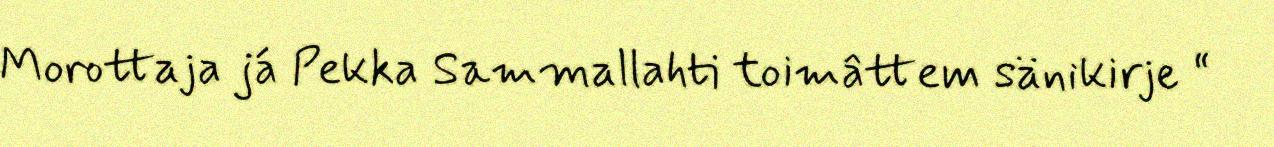
Morottaja já Pekka Sammallahti toimâttem sänikirje “